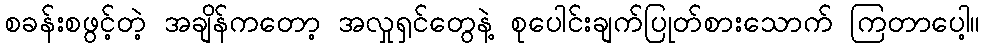
စခန်းစဖွင့်တဲ့ အချိန်ကတော့ အလှုရှင်တွေနဲ့ စုပေါင်းချက်ပြုတ်စားသောက် ကြတာပေါ့။